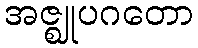
အဇ္ဈုပဂတော